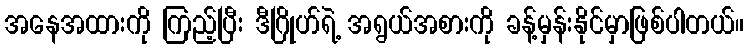
အနေအထားကို ကြည့်ပြီး ဒီဂြိုဟ်ရဲ့ အရွယ်အစားကို ခန့်မှန်းနိုင်မှာဖြစ်ပါတယ်။